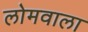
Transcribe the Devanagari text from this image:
लोमवाला